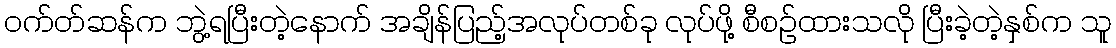
ဝက်တ်ဆန်က ဘွဲ့ရပြီးတဲ့နောက် အချိန်ပြည့်အလုပ်တစ်ခု လုပ်ဖို့ စီစဉ်ထားသလို ပြီးခဲ့တဲ့နှစ်က သူ